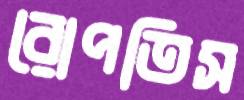
রোপতিস